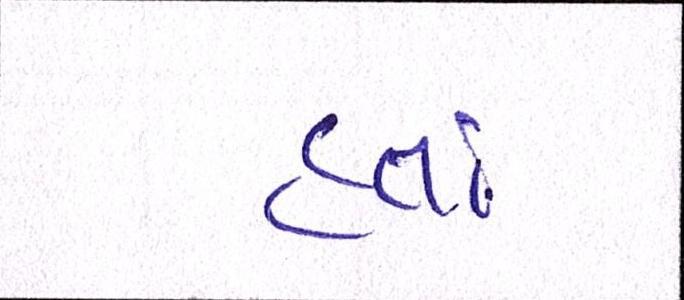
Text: હતાં